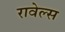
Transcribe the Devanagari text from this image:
रावेल्स